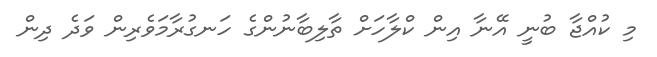
މި ކުއްޖާ ބުނީ އޭނާ އިން ކްލާހަށް ތާލިބާނުންގެ ހަނގުރާމަވެރިން ވަދެ ދިން